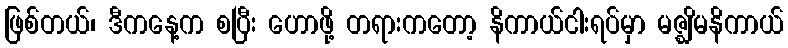
ဖြစ်တယ်၊ ဒီကနေ့က စပြီး ဟောဖို့ တရားကတော့ နိကာယ်ငါးရပ်မှာ မဇ္ဈိမနိကာယ်